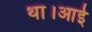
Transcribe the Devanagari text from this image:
था।आई